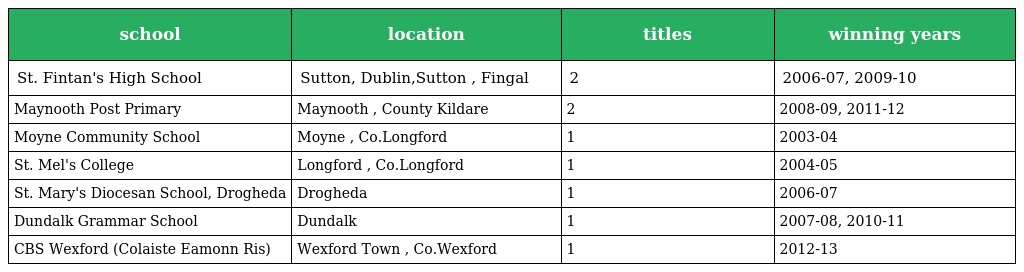
| school | location | titles | winning years |
 | --- | --- | --- | --- |
 | St. Fintan's High School | Sutton, Dublin,Sutton , Fingal | 2 | 2006-07, 2009-10 |
 | Maynooth Post Primary | Maynooth , County Kildare | 2 | 2008-09, 2011-12 |
 | Moyne Community School | Moyne , Co.Longford | 1 | 2003-04 |
 | St. Mel's College | Longford , Co.Longford | 1 | 2004-05 |
 | St. Mary's Diocesan School, Drogheda | Drogheda | 1 | 2006-07 |
 | Dundalk Grammar School | Dundalk | 1 | 2007-08, 2010-11 |
 | CBS Wexford (Colaiste Eamonn Ris) | Wexford Town , Co.Wexford | 1 | 2012-13 |